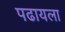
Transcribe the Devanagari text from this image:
पढायला